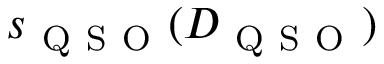
s _ { \mathrm { ~ Q ~ S ~ O ~ } } ( D _ { \mathrm { ~ Q ~ S ~ O ~ } } )